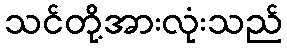
သင်တို့အားလုံးသည်